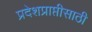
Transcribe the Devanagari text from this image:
प्रदेशप्राप्तीसाठी